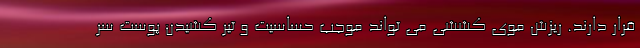
قرار دارند. ریزش موی کششی می تواند موجب حساسیت و تیر کشیدن پوست سر